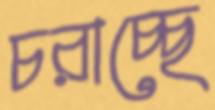
চরাচ্ছে